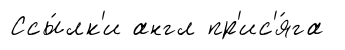
Ссы́лк'и англ пр'ис'я́га